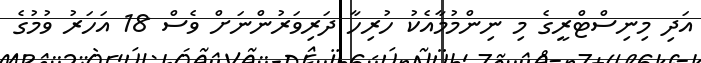
އަދި މިނިސްޓްރީގެ މި ނިންމުމާއެކު ހުރިހާ ދަރިވަރުންނަށް ވެސް 18 އަހަރު ވުމުގެ